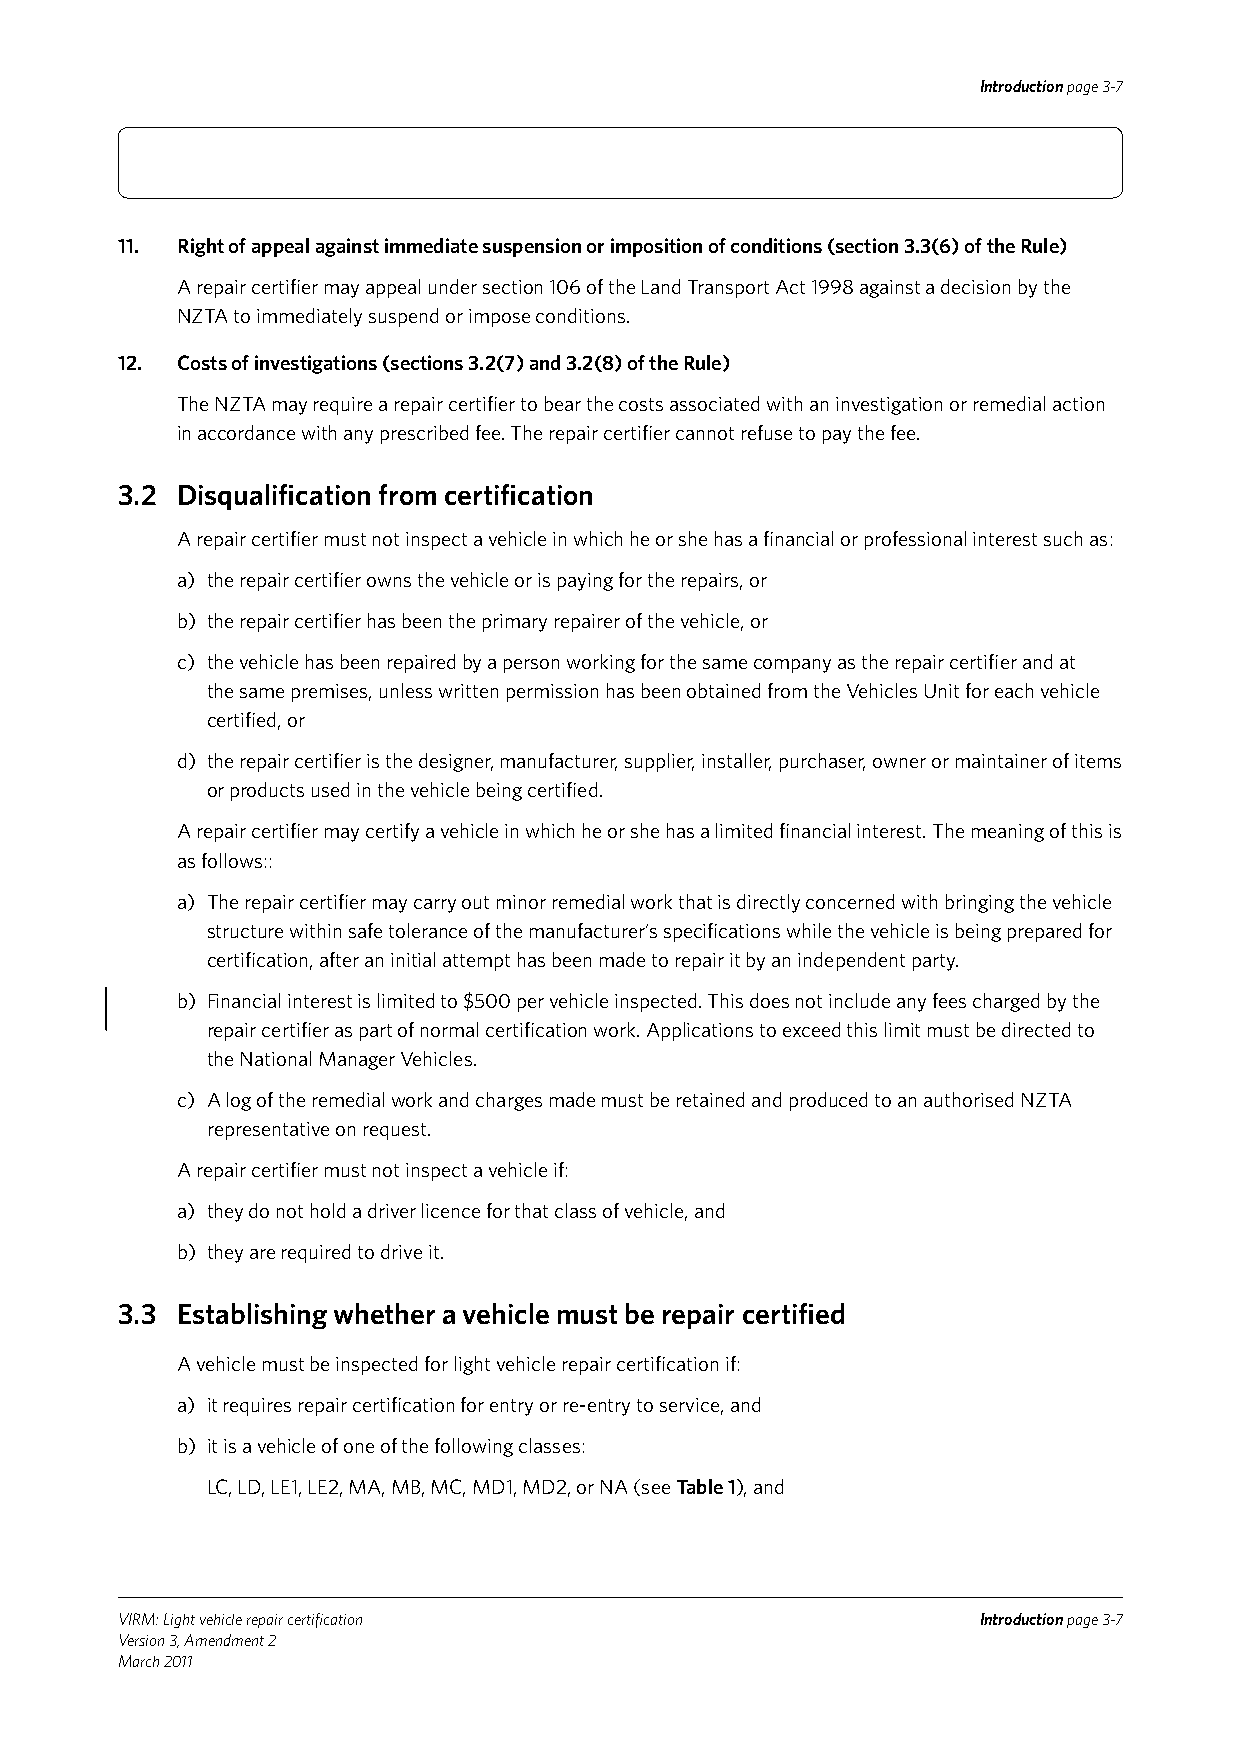
Introduction page 3-7
 11. Right of appeal against immediate suspension or imposition of conditions (section 3.3(6) of the Rule)
 A repair certifier may appeal under section 106 of the Land Transport Act 1998 against a decision by the
 NZTA to immediately suspend or impose conditions.
 12. Costs of investigations (sections 3.2(7) and 3.2(8) of the Rule)
 The NZTA may require a repair certifier to bear the costs associated with an investigation or remedial action
 in accordance with any prescribed fee. The repair certifier cannot refuse to pay the fee.
 3.2 Disqualification from certification
 A repair certifier must not inspect a vehicle in which he or she has a financial or professional interest such as:
 a) the repair certifier owns the vehicle or is paying for the repairs, or
 b) the repair certifier has been the primary repairer of the vehicle, or
 c) the vehicle has been repaired by a person working for the same company as the repair certifier and at
 the same premises, unless written permission has been obtained from the Vehicles Unit for each vehicle
 certified, or
 d) the repair certifier is the designer, manufacturer, supplier, installer, purchaser, owner or maintainer of items
 or products used in the vehicle being certified.
 A repair certifier may certify a vehicle in which he or she has a limited financial interest. The meaning of this is
 as follows::
 a) The repair certifier may carry out minor remedial work that is directly concerned with bringing the vehicle
 structure within safe tolerance of the manufacturer’s specifications while the vehicle is being prepared for
 certification, after an initial attempt has been made to repair it by an independent party.
 b) Financial interest is limited to $500 per vehicle inspected. This does not include any fees charged by the
 repair certifier as part of normal certification work. Applications to exceed this limit must be directed to
 the National Manager Vehicles.
 c) A log of the remedial work and charges made must be retained and produced to an authorised NZTA
 representative on request.
 A repair certifier must not inspect a vehicle if:
 a) they do not hold a driver licence for that class of vehicle, and
 b) they are required to drive it.
 3.3 Establishing whether a vehicle must be repair certified
 A vehicle must be inspected for light vehicle repair certification if:
 a) it requires repair certification for entry or re-entry to service, and
 b) it is a vehicle of one of the following classes:
 LC, LD, LE1, LE2, MA, MB, MC, MD1, MD2, or NA (see Table 1), and
 VIRM: Light vehicle repair certification                 Introduction page 3-7
 Version 3, Amendment 2
 March 2011